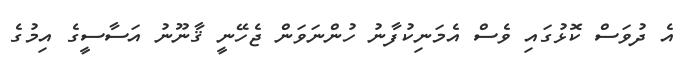
އެ ދުވަސް ކޮޅުގައި ވެސް އެމަނިކުފާނު ހުންނަވަން ޖެހޭނީ ޤާނޫނު އަސާސީގެ އިމުގެ